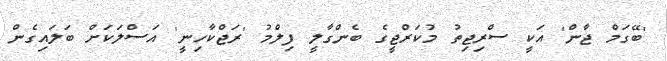
'ބޭގަމް ޖާން' އަކީ ސްރިޖިތު މުކަރްޖީގެ ބެންގާލީ ފިލްމު 'ރަޖްކާހިނީ' އަސްލަކަށް ބަލައިގެން